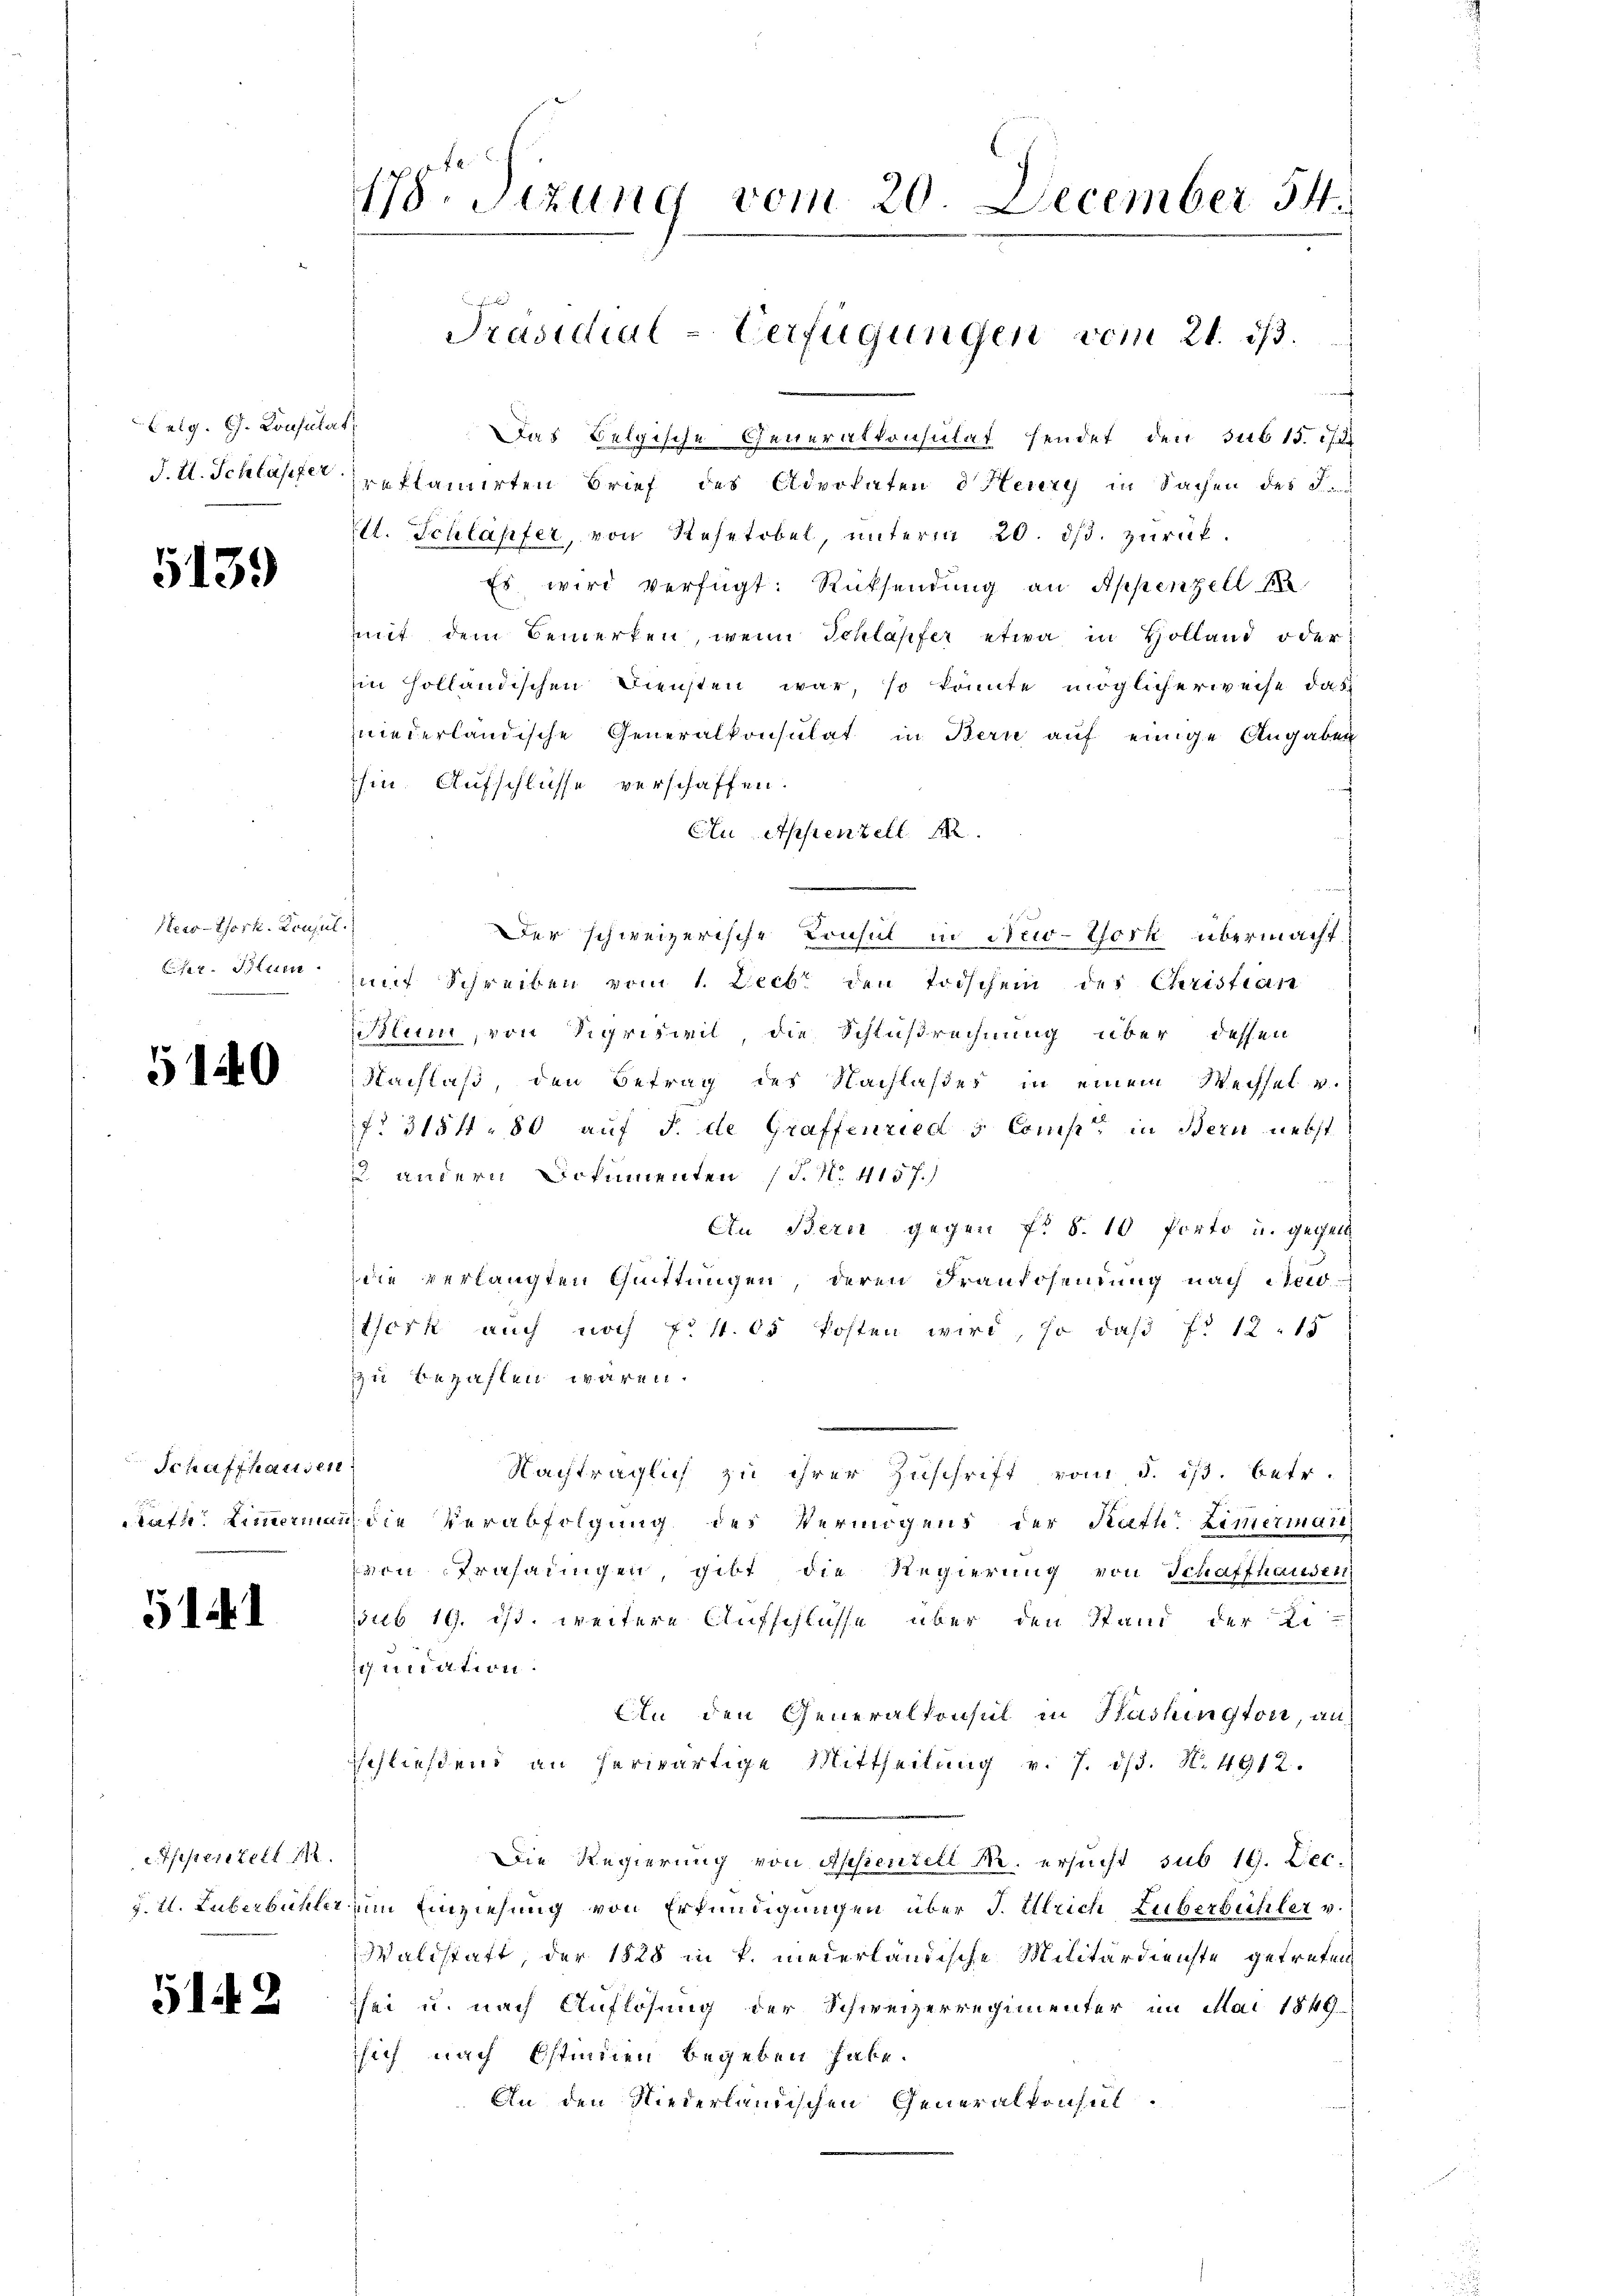
Eeig. G. Consulat,
J. H. Schläffer

5139

Neco-York. Konsul
Chr. Seiten

5140

Schaffhausen

514. 1

Das Belgische Generalkonsulat sendet den sub 15.
reklamirten Brief des Advokaten d Heury in Sachen des F.
t. Schläpfer, von Rosetobel, unterm 20. ds. zurück.
Es wird verfügt: Rücksendung an Appenzell
mit dem Bemerken, wenn Schläpfer etwa in Holland oder
in holländischen Diensten war, so könnte möglicherweise das
niederländische Generalkonsulat in Bern auf einige Angaben
hin. Aufschlüsse verschaffen.
Cu Appenzell A.
Der schweizerische Consul in New-York übermacht.
mit Schreiben vom 1. Decbr den Todschein des Christian
Blum, von Sigrisweil die Schlußrechnung über dessen
Nachlaß, den Betrag des Nachlasser in einem Wechsel v.
f 318 f. 80 auf 5. de Graffenried & Comp. in Bern nebst
2. andern Dokumenten (T. No. 4157.)
An Bern gegen f. S. 10 Porto u. gegeb
die verlangten Quittungen, deren Franzosendung nach de
tork auch noch Frk. 65 kosten wird, so daß f. 12. 15
zu bezahlen wären.
Nachträglich zu ihrer Zŭschrift vom 5. ist. betr.
taf Zimmermann die Verabfolgung des Vermögens der Rath Zimmermate
von Trasadingen, gibt die Regierung von Schaffhausen,
sub 19. ist, weitere Aufschlüsse über den Stand der Li-
mnation:
Ein den Generalkonsul in Hashingtoni, an
sschließend an herwärtige Mittheilŭng v. 7. dβ. N. 1912.
Die Regierung von Apsienzell Nr. ersucht sub 19. Dec.
d. M. Luberbühler um Einziehung von Erkundigungen über J. Ulrich Luberbühler v.
Waldstatt, der 1828 in k. niederländische Militärdienste getreten,
sei u. nach Auflösung der Schweizerregimenter im Mai 1849
sich nach Ostinien begeben habe.
An den Niederlandischen Generalkonsul-

efepertell 14.

5142

178. Sizung vom 20. December 54.
Präsidial-Verfügungen vom 21. 313.